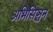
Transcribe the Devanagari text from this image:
अभिसिञ्चन